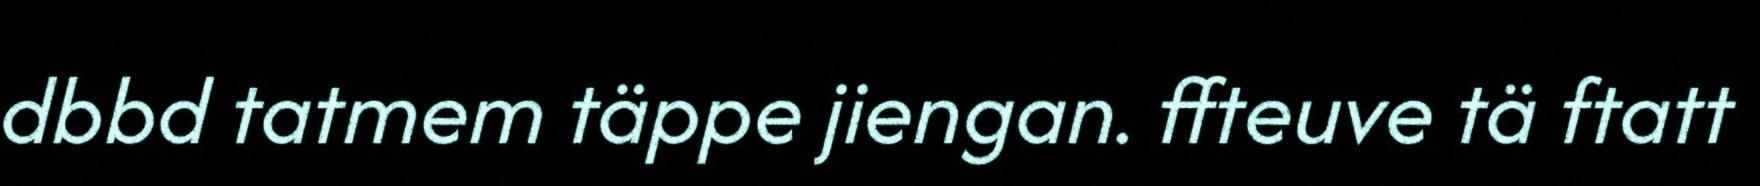
dbbd tatmem täppe jiengan. ffteuve tä ftatt